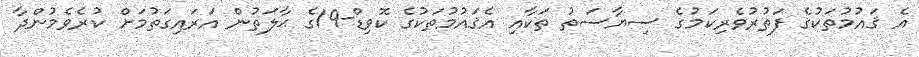
އެ ޤައުމުތަކުގެ ފަތުރުވެރިކަމުގެ ސިޔާސަތު ތަކާއި އެޤައުމުތަކުގެ ކޮވިޑް-19ގެ ޙާލަތުން އަރައިގަތުމަށް ކުރެވެމުންދާ